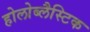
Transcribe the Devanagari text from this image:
होलोब्लैस्टिक